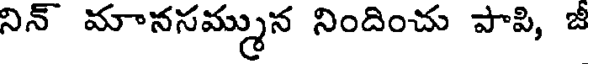
నిన్ మానసమ్మున నిందించు పాపి, జీ